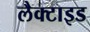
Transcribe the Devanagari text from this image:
लैक्टाइड